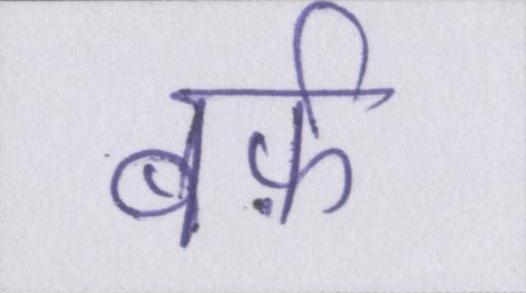
बर्फ़